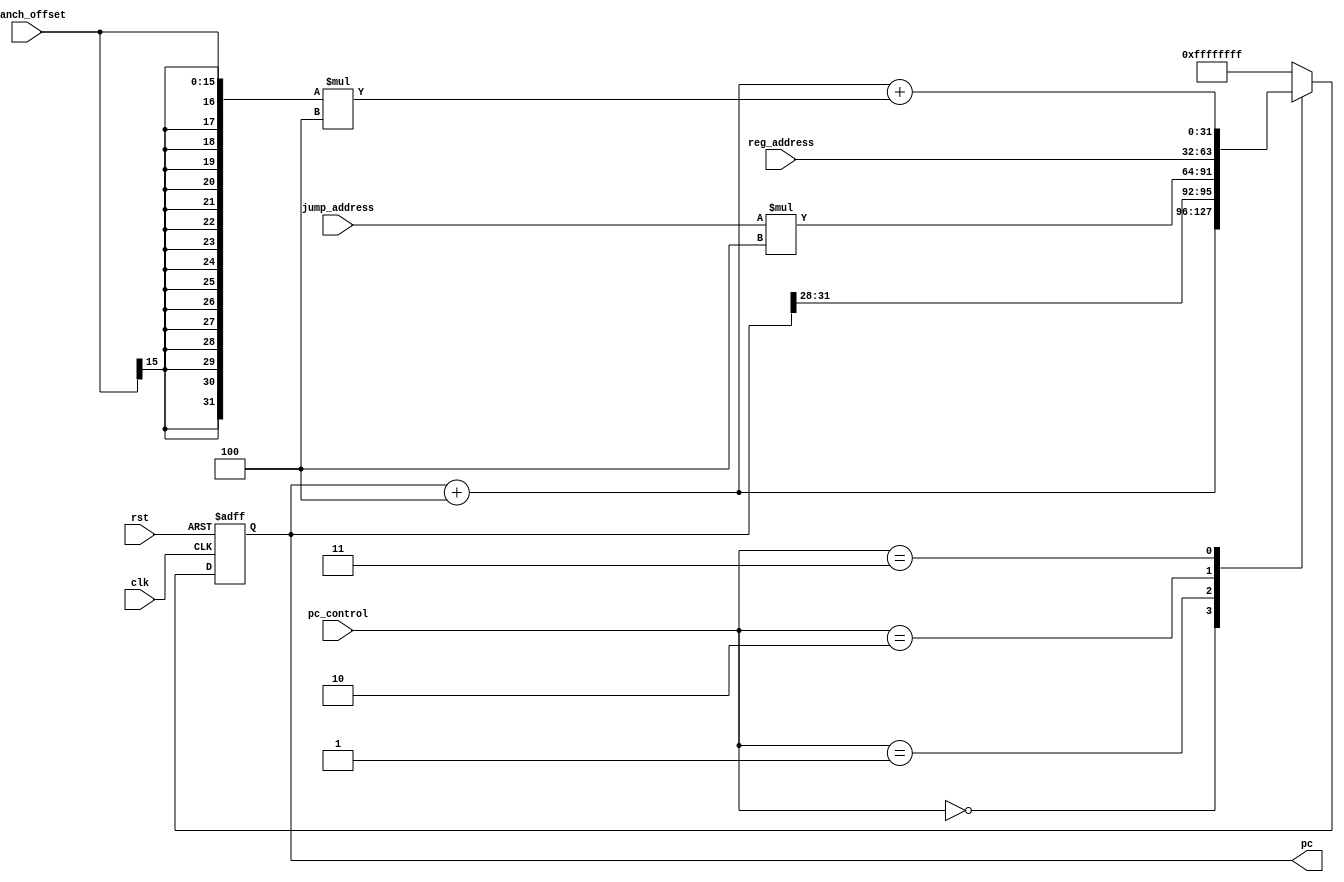
`timescale 1ns / 1ps
///////////////////////////////////////////////////////////////////////////////////////////////////////////////////////
// Company:    Penn State		
//					
//
// Design Name: program_counter.v
// Module Name: program_counter
// Project Name: MIPS CPU
//
// Dependencies:
//
// Revision: 1
//
//
// Additional Comments:
//
///////////////////////////////////////////////////////////////////////////////////////////////////////////////////////

module program_counter
(
    //--------------------------
	// Input Ports
	//--------------------------
	input				clk,
	input				rst,
	input		[3:0]	pc_control,
	input		[25:0]	jump_address,
	input		[15:0]	branch_offset,
	input		[31:0] 	reg_address,
	
    //--------------------------
    // Output Ports
    //--------------------------
    output 	reg [31:0] 	pc

); 
      
    ///////////////////////////////////////////////////////////////////
    // Begin Design
    ///////////////////////////////////////////////////////////////////
    //-------------------------------------------------
    // Signal Declarations: local params
    //-------------------------------------------------
	
    //-------------------------------------------------
    // Signal Declarations: reg
    //-------------------------------------------------    
	reg [31:0] branch_offset_extended;
    reg [27:0] jump_address_4x;
	
    //-------------------------------------------------
    // Signal Declarations: wire
    //-------------------------------------------------
	
	//---------------------------------------------------------------
	// Instantiations
	//---------------------------------------------------------------
	// None

	//---------------------------------------------------------------
	// Combinatorial Logic
	//---------------------------------------------------------------

	
	//---------------------------------------------------------------
	// Sequential Logic
	//---------------------------------------------------------------
    always @ (posedge clk or posedge rst)
	if (rst) begin
        pc = 0;
    end
    else begin
        case (pc_control)
    		//PC is updated to the next sequential instruction address.
    		4'b0000: pc = pc + 4;
    		//When the CPU executes an unconditional Jump instruction the new 32-bit PC is the concatenation of the upper 4-bits of PC and the 28-bit result of the jump address multiplied by 4. See definition of the Jump instruction (opcode 2)
    		4'b0001: begin
                jump_address_4x = jump_address*4;
                pc = {pc[31:28] , jump_address_4x[27:0]};
            end
    		//PC is updated with the value contained in the register specified in the instruction. reg_address holds the value of the specified register.
    		4'b0010: pc = reg_address;
    		//PC is updated with the sum of PC+4 and the branch offset multiplied by 4. 16-bit to 32-bit sign extension of the branch offset is necessary.
    		4'b0011: begin 
    			branch_offset_extended = { {16{branch_offset[15]}}, branch_offset[15:0]};
    			pc = (pc + 4) + (branch_offset_extended*4);
    		end
    		//control signals 4'b0100 - 4'b1111 have undefined behaviour, reset PC to 0
    		default: pc = 32'hFFFFFFFF;
    	endcase	
	end
	
 endmodule